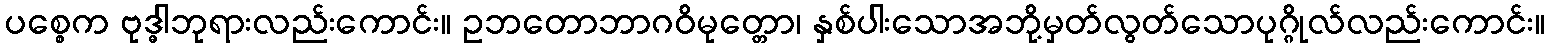
ပစ္စေက ဗုဒ္ဓါဘုရားလည်းကောင်း။ ဥဘတောဘာဂဝိမုတ္တော၊ နှစ်ပါးသောအဘို့မှတ်လွတ်သောပုဂ္ဂိုလ်လည်းကောင်း။